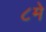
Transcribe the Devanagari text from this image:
८मे